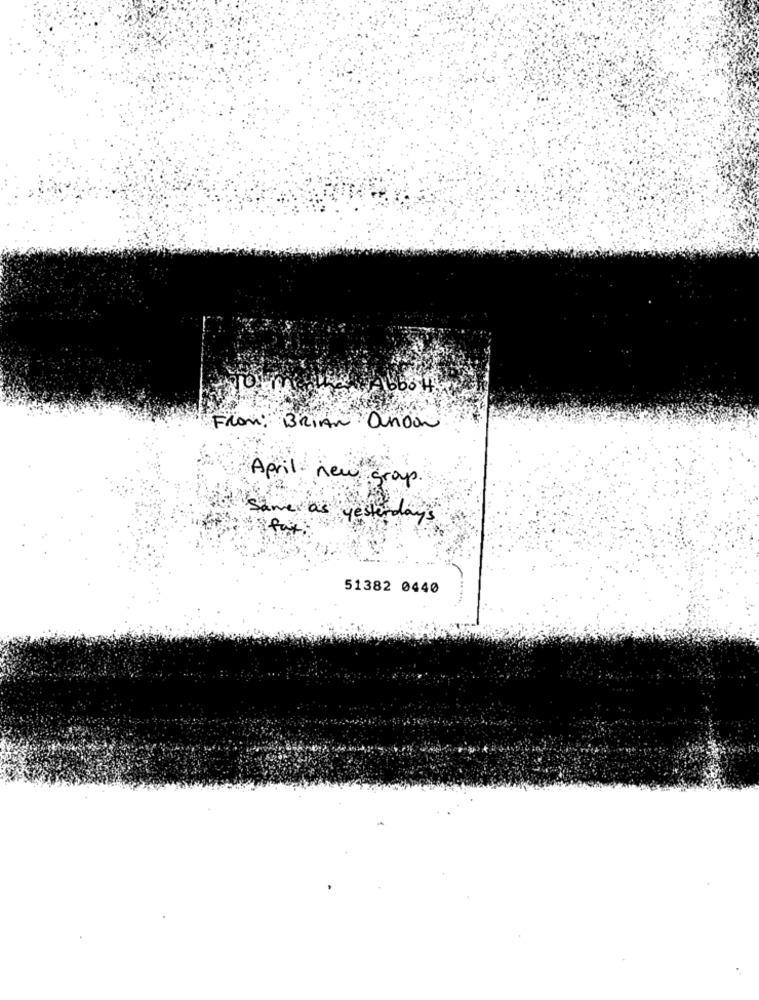
From: BRIAN andon
April new grap
Same as ye
yesterday's
fax :
51382 0440